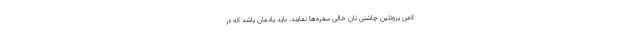
کمی پروتئین چاشنی نان خالی سفره‌ها نمایند. باید یادمان باشد که در